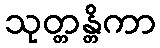
သုတ္တန္တိကာ